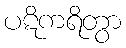
ပဋိကရိတွာ